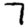
Digit: 7